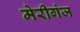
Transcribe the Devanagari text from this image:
मेरीगंज